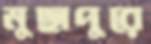
মুছাপুরে